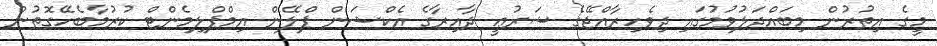
މީގެ އިތުރުން މިބައްދަލުވުމުގައި ދިވެހިރާއްޖޭގެ ޝަރުޢީ ދާއިރާގެ އެކްޝަން ޕްލޭން އިމްޕްލިމެންޓް ކުރުމާބެހޭގޮތުން